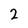
Character: 2